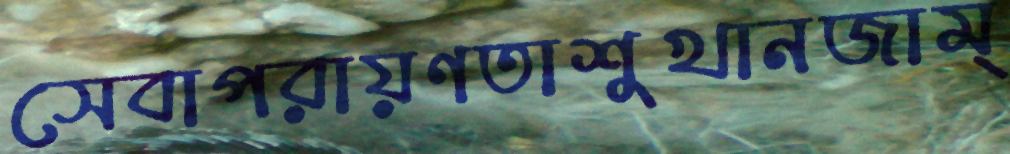
সেবাপরায়ণতাশুখানজাম্